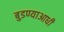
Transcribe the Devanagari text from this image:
बुडण्याआधी